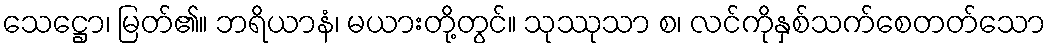
သေဋ္ဌော၊ မြတ်၏။ ဘရိယာနံ၊ မယားတို့တွင်။ သုဿုသာ စ၊ လင်ကိုနှစ်သက်စေတတ်သော